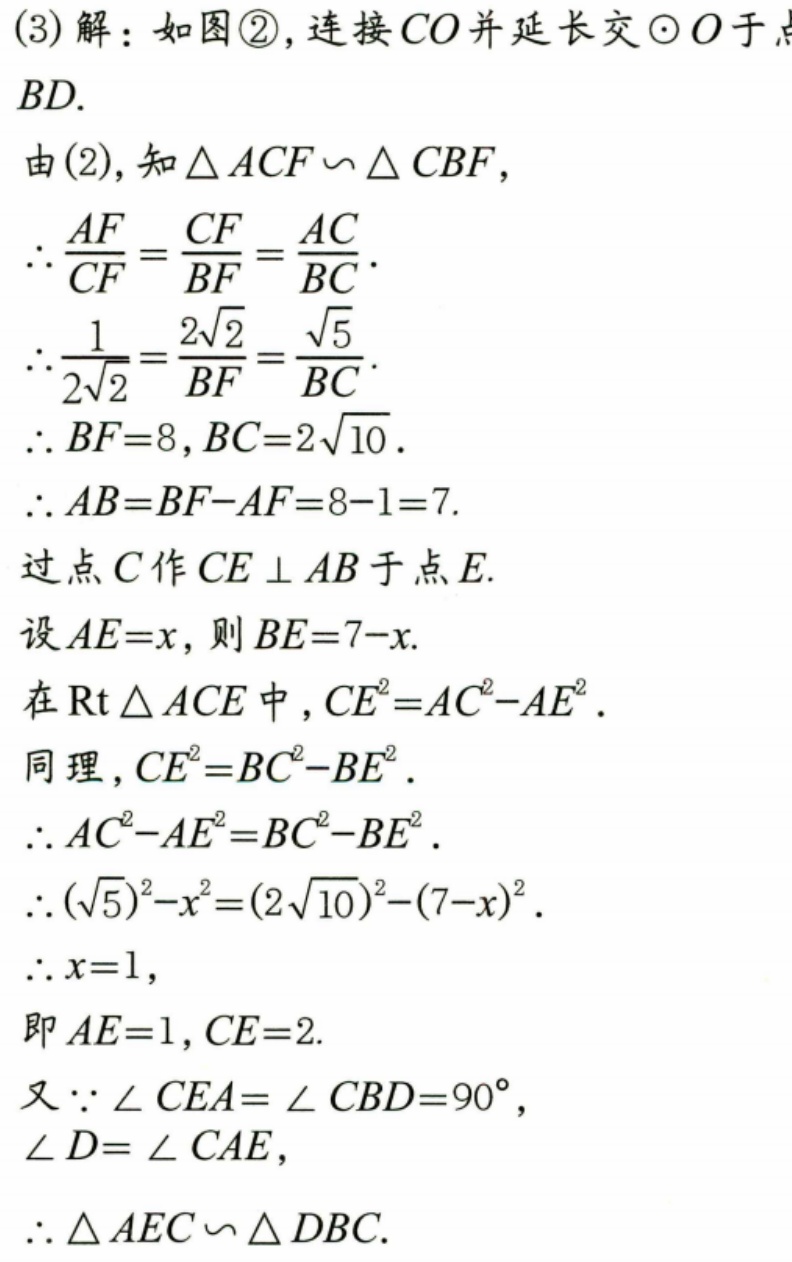
(3) 解：如图\textcircled{2},连接\(CO\)并延长交\(\odot O\)于点\(BD\).
由(2),知\(\triangle ACF\sim \triangle CBF\),
\(\therefore \frac{AF}{CF}=\frac{CF}{BF}=\frac{AC}{BC}\).
\(\therefore \frac{1}{2\sqrt{2}}=\frac{2\sqrt{2}}{BF}=\frac{\sqrt{5}}{BC}\).
\(\therefore BF = 8,BC = 2\sqrt{10}\).
\(\therefore AB=BF - AF=8 - 1 = 7\).
过点\(C\)作\(CE\perp AB\)于点\(E\).
设\(AE = x\),则\(BE = 7 - x\).
在\(\text{Rt}\triangle ACE\)中,\(CE^{2}=AC^{2}-AE^{2}\).
同理,\(CE^{2}=BC^{2}-BE^{2}\).
\(\therefore AC^{2}-AE^{2}=BC^{2}-BE^{2}\).
\(\therefore (\sqrt{5})^{2}-x^{2}=(2\sqrt{10})^{2}-(7 - x)^{2}\).
\(\therefore x = 1\),
即\(AE = 1,CE = 2\).
又\(\because \angle CEA=\angle CBD = 90^{\circ}\),
\(\angle D=\angle CAE\),
\(\therefore \triangle AEC\sim \triangle DBC\).